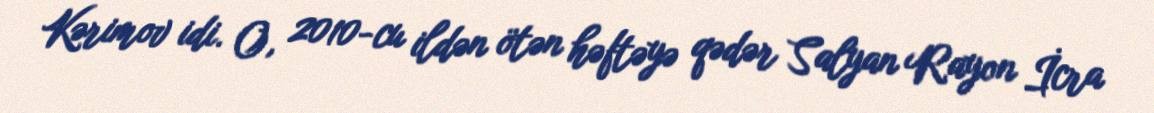
Kərimov idi. O, 2010-cu ildən ötən həftəyə qədər Salyan Rayon İcra